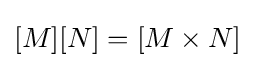
[M][N]=[M\times N]